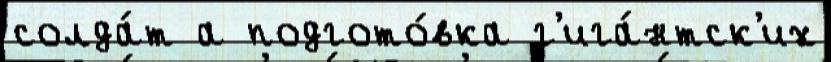
солда́т а подгото́вка г'ига́нтск'их